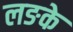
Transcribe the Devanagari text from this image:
लङके